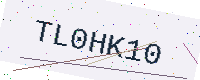
Text: TL0HK10